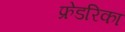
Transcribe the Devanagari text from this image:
फ्रेडरिका